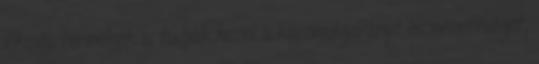
fikciós termékek is tudják hozni a közönségarányt és nézettséget,